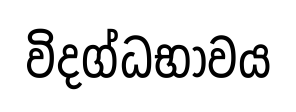
විදග්ධභාවය